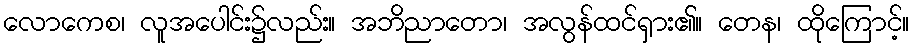
လောကေစ၊ လူအပေါင်း၌လည်း။ အဘိညာတော၊ အလွန်ထင်ရှား၏။ တေန၊ ထိုကြောင့်။